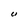
Character: U